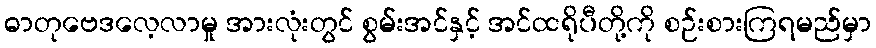
ဓာတုဗေဒလေ့လာမှု အားလုံးတွင် စွမ်းအင်နှင့် အင်ထရိုပီတို့ကို စဉ်းစားကြရမည်မှာ